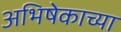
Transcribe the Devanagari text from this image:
अभिषेकाच्या